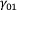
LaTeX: \gamma _ { 0 1 }